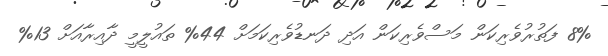
8% ފަތުރުވެރިކަން މަސްވެރިކަން އަދި ދަނޑުވެރިކަމަށް 44% ތައުލީމީ ދާއިރާއަށް 13%